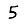
Digit: 5